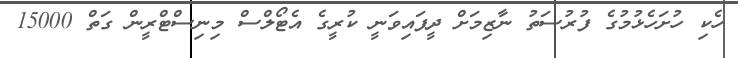
ހެކި ހުށަހެޅުމުގެ ފުރުސަތު ނާޒިމަށް ދީފައިވަނީ ކުރީގެ އެޓޯލްސް މިނިސްޓްރީން ގަތް 15000